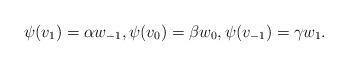
LaTeX: \begin{align*}\psi(v_1) = \alpha w_{-1}, \psi(v_0) = \beta w_0, \psi(v_{-1}) = \gamma w_1.\end{align*}